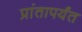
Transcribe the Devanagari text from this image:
प्रांतापर्यंत